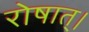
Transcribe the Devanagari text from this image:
रोषात्।